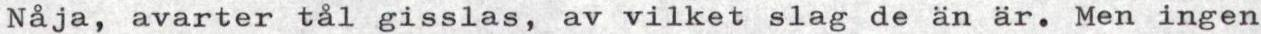
Nåja, avarter tål gisslas, av vilket slag de än är. Men ingen